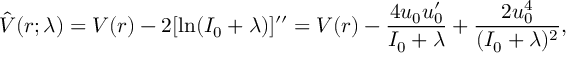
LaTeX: \hat { V } ( r ; \lambda ) = V ( r ) - 2 [ \ln ( I _ { 0 } + \lambda ) ] ^ { \prime \prime } = V ( r ) - \frac { 4 u _ { 0 } u _ { 0 } ^ { \prime } } { I _ { 0 } + \lambda } + \frac { 2 u _ { 0 } ^ { 4 } } { ( I _ { 0 } + \lambda ) ^ { 2 } } ,